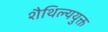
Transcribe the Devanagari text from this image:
शैथिल्ययुक्त